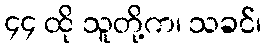
၄၄ ထို သူတို့က၊ သခင်၊